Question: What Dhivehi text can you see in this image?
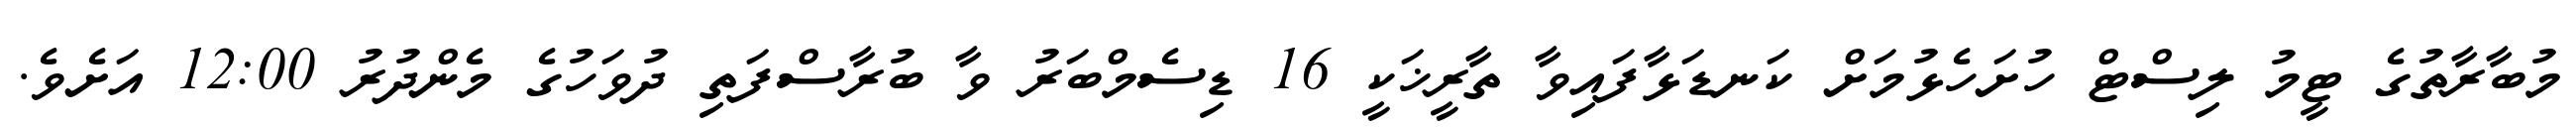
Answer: މުބާރާތުގެ ޓީމު ލިސްޓް ހުށަހެޅުމަށް ކަނޑަޅާފައިވާ ތާރީޚަކީ 16 ޑިސެމްބަރު ވާ ބުރާސްފަތި ދުވަހުގެ މެންދުރު 12:00 އަށެވެ.